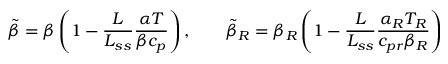
\tilde { \beta } = \beta \left( 1 - \frac { L } { L _ { s s } } \frac { \alpha T } { \beta c _ { p } } \right) , \qquad \tilde { \beta } _ { R } = \beta _ { R } \left( 1 - \frac { L } { L _ { s s } } \frac { \alpha _ { R } T _ { R } } { c _ { p r } \beta _ { R } } \right)